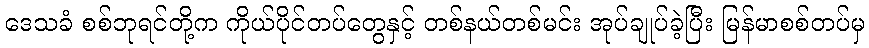
ဒေသခံ စစ်ဘုရင်တို့က ကိုယ်ပိုင်တပ်တွေနှင့် တစ်နယ်တစ်မင်း အုပ်ချုပ်ခဲ့ပြီး မြန်မာစစ်တပ်မှ